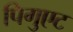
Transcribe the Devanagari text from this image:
पिगुएट